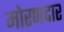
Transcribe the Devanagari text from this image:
मोरणदार